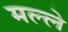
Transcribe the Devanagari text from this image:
मल्ले